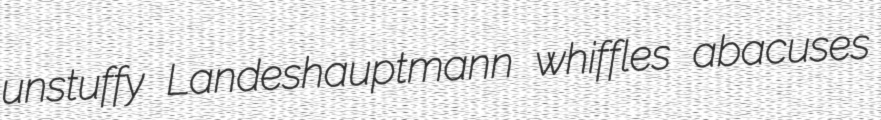
unstuffy Landeshauptmann whiffles abacuses